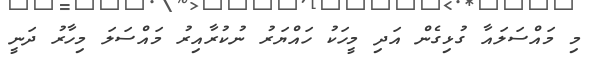
މި މައްސަލައާ ގުޅިގެން އަދި މީހަކު ހައްޔަރު ނުކުރާއިރު މައްސަލަ މިހާރު ދަނީ